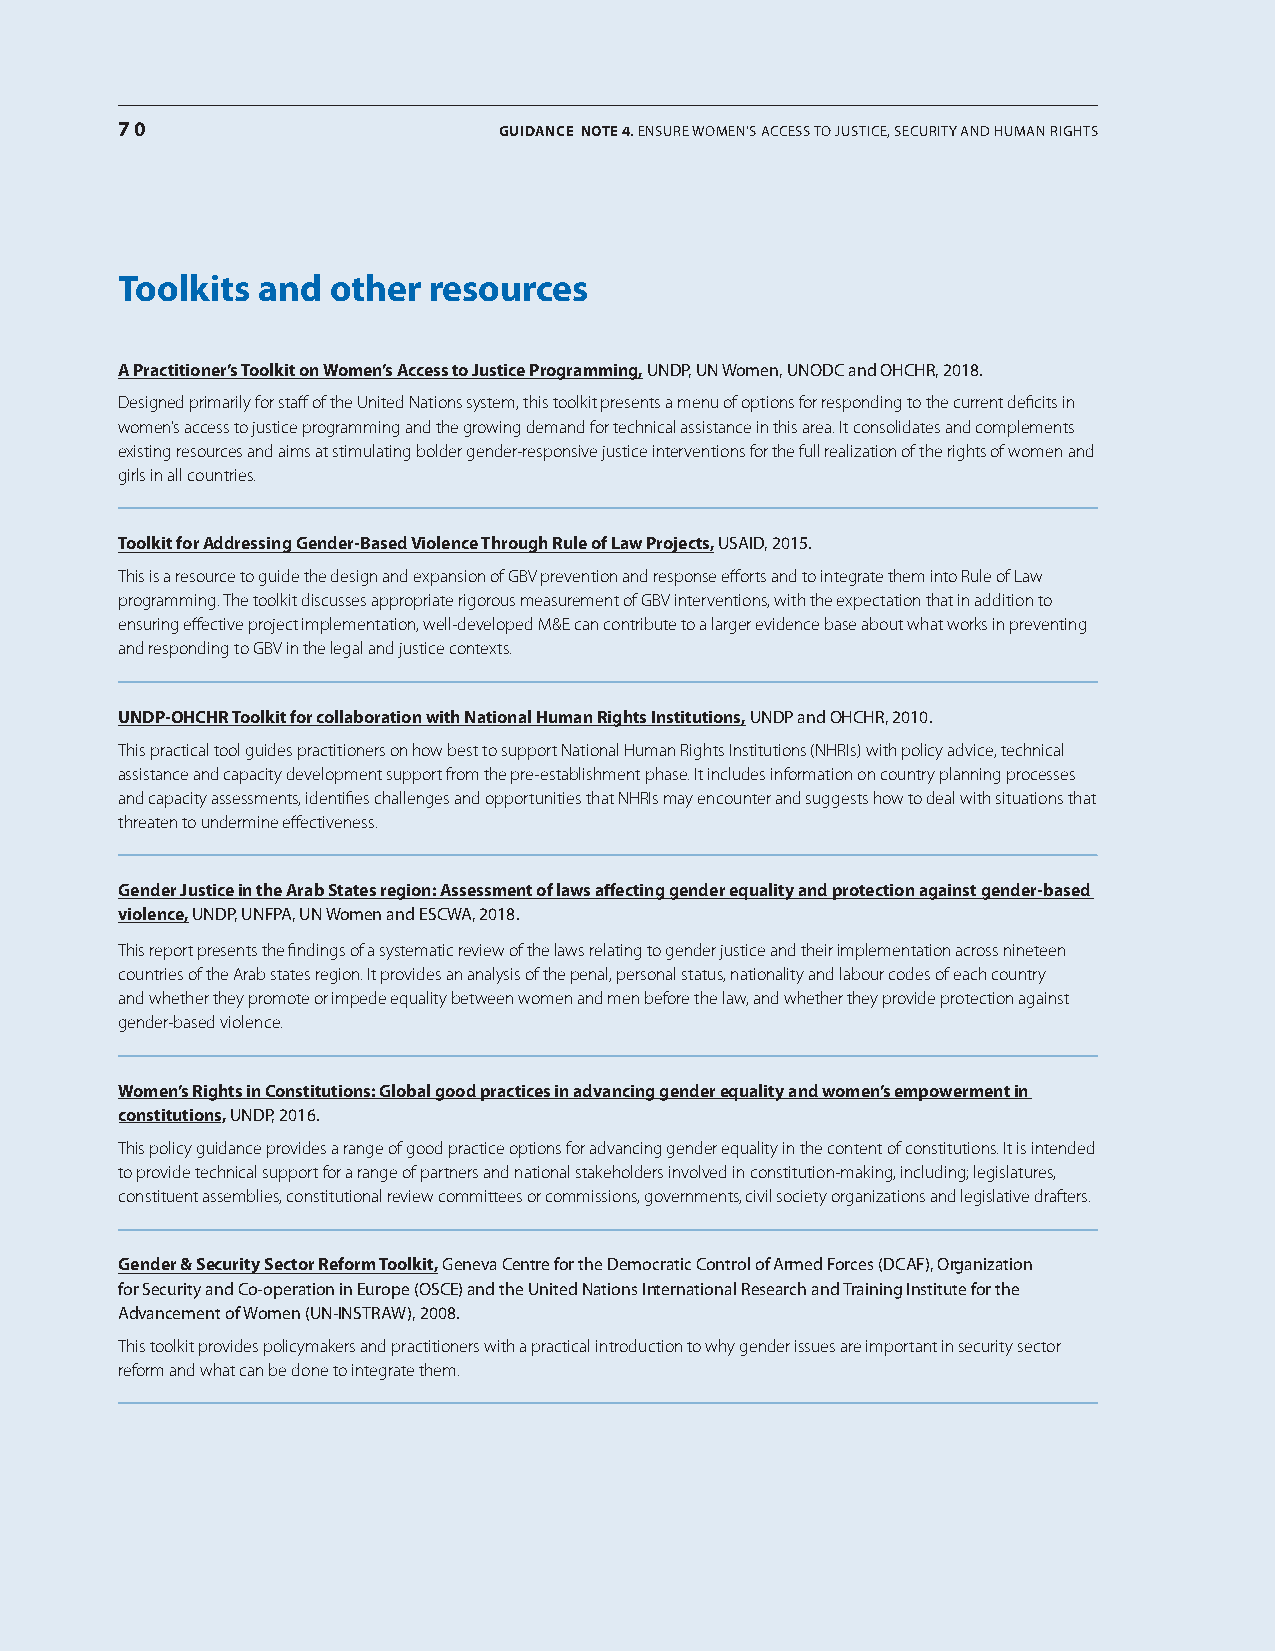
70                       GUIDANCE NotE 4. EnsurE womEn’s accEss to justicE, sEcurity and human rights
 Toolkits and  other resources
 A practitioner’s Toolkit on Women’s Access to justice programming, undP, un women, unodc and ohchr, 2018.
 Designed primarily for staff of the United Nations system, this toolkit presents a menu of options for responding to the current deficits in
 women’s access to justice programming and the growing demand for technical assistance in this area. It consolidates and complements
 existing resources and aims at stimulating bolder gender-responsive justice interventions for the full realization of the rights of women and
 girls in all countries.
 Toolkit for Addressing gender-based violence Through Rule of Law projects, usaid, 2015.
 This is a resource to guide the design and expansion of GBV prevention and response efforts and to integrate them into Rule of Law
 programming. The toolkit discusses appropriate rigorous measurement of GBV interventions, with the expectation that in addition to
 ensuring effective project implementation, well-developed M&E can contribute to a larger evidence base about what works in preventing
 and responding to GBV in the legal and justice contexts.
 unDp-oHCHR Toolkit for collaboration with national Human Rights Institutions, undP and ohchr, 2010.
 This practical tool guides practitioners on how best to support National Human Rights Institutions (NHRIs) with policy advice, technical
 assistance and capacity development support from the pre-establishment phase. It includes information on country planning processes
 and capacity assessments, identifies challenges and opportunities that NHRIs may encounter and suggests how to deal with situations that
 threaten to undermine effectiveness.
 gender justice in the Arab states region: Assessment of laws affecting gender equality and protection against gender-based
 violence, undP, unFPa, un women and Escwa, 2018.
 This report presents the findings of a systematic review of the laws relating to gender justice and their implementation across nineteen
 countries of the Arab states region. It provides an analysis of the penal, personal status, nationality and labour codes of each country
 and whether they promote or impede equality between women and men before the law, and whether they provide protection against
 gender-based violence.
 Women’s Rights in Constitutions: global good practices in advancing gender equality and women’s empowerment in
 constitutions, undP, 2016.
 This policy guidance provides a range of good practice options for advancing gender equality in the content of constitutions. It is intended
 to provide technical support for a range of partners and national stakeholders involved in constitution-making, including; legislatures,
 constituent assemblies, constitutional review committees or commissions, governments, civil society organizations and legislative drafters.
 gender & security sector Reform Toolkit, geneva centre for the democratic control of armed Forces (dcaF), organization
 for security and co-operation in Europe (oscE) and the united nations international research and training institute for the
 advancement of women (un-instraw), 2008.
 This toolkit provides policymakers and practitioners with a practical introduction to why gender issues are important in security sector
 reform and what can be done to integrate them.